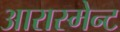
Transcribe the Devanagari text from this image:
आरास्मेन्ट